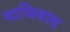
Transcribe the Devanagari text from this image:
थाजिवास